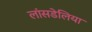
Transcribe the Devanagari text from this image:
लांसडेलिया